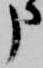
申